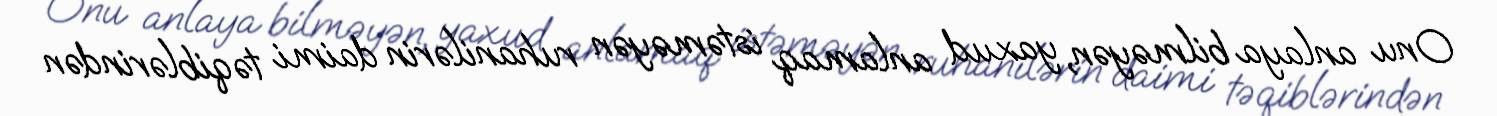
Onu anlaya bilməyən, yaxud anlamaq istəməyən ruhanilərin daimi təqiblərindən